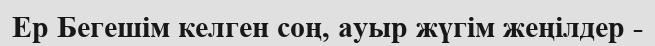
Ер Бегешім келген соң, ауыр жүгім жеңілдер -